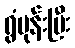
ရွံမုန်းပြီး